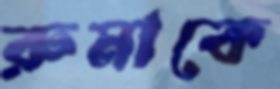
রুমাকে